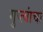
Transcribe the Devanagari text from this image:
गुप्त्यांचा